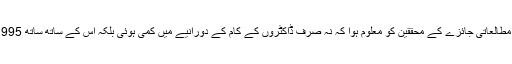
مردم شماری کے ادارے کے اعداد و شمار کے استعمال سے کیے جانے والے اس مطالعاتی جائزے کے محققین کو معلوم ہوا کہ نہ صرف ڈاکٹروں کے کام کے دورانیے میں کمی ہوئی بلکہ اس کے ساتھ ساتھ 1995ء سے 2006ء کی مدت کے دوران ان کی آمدنیاں بھی 25 فی صد تک کم ہوئیں۔